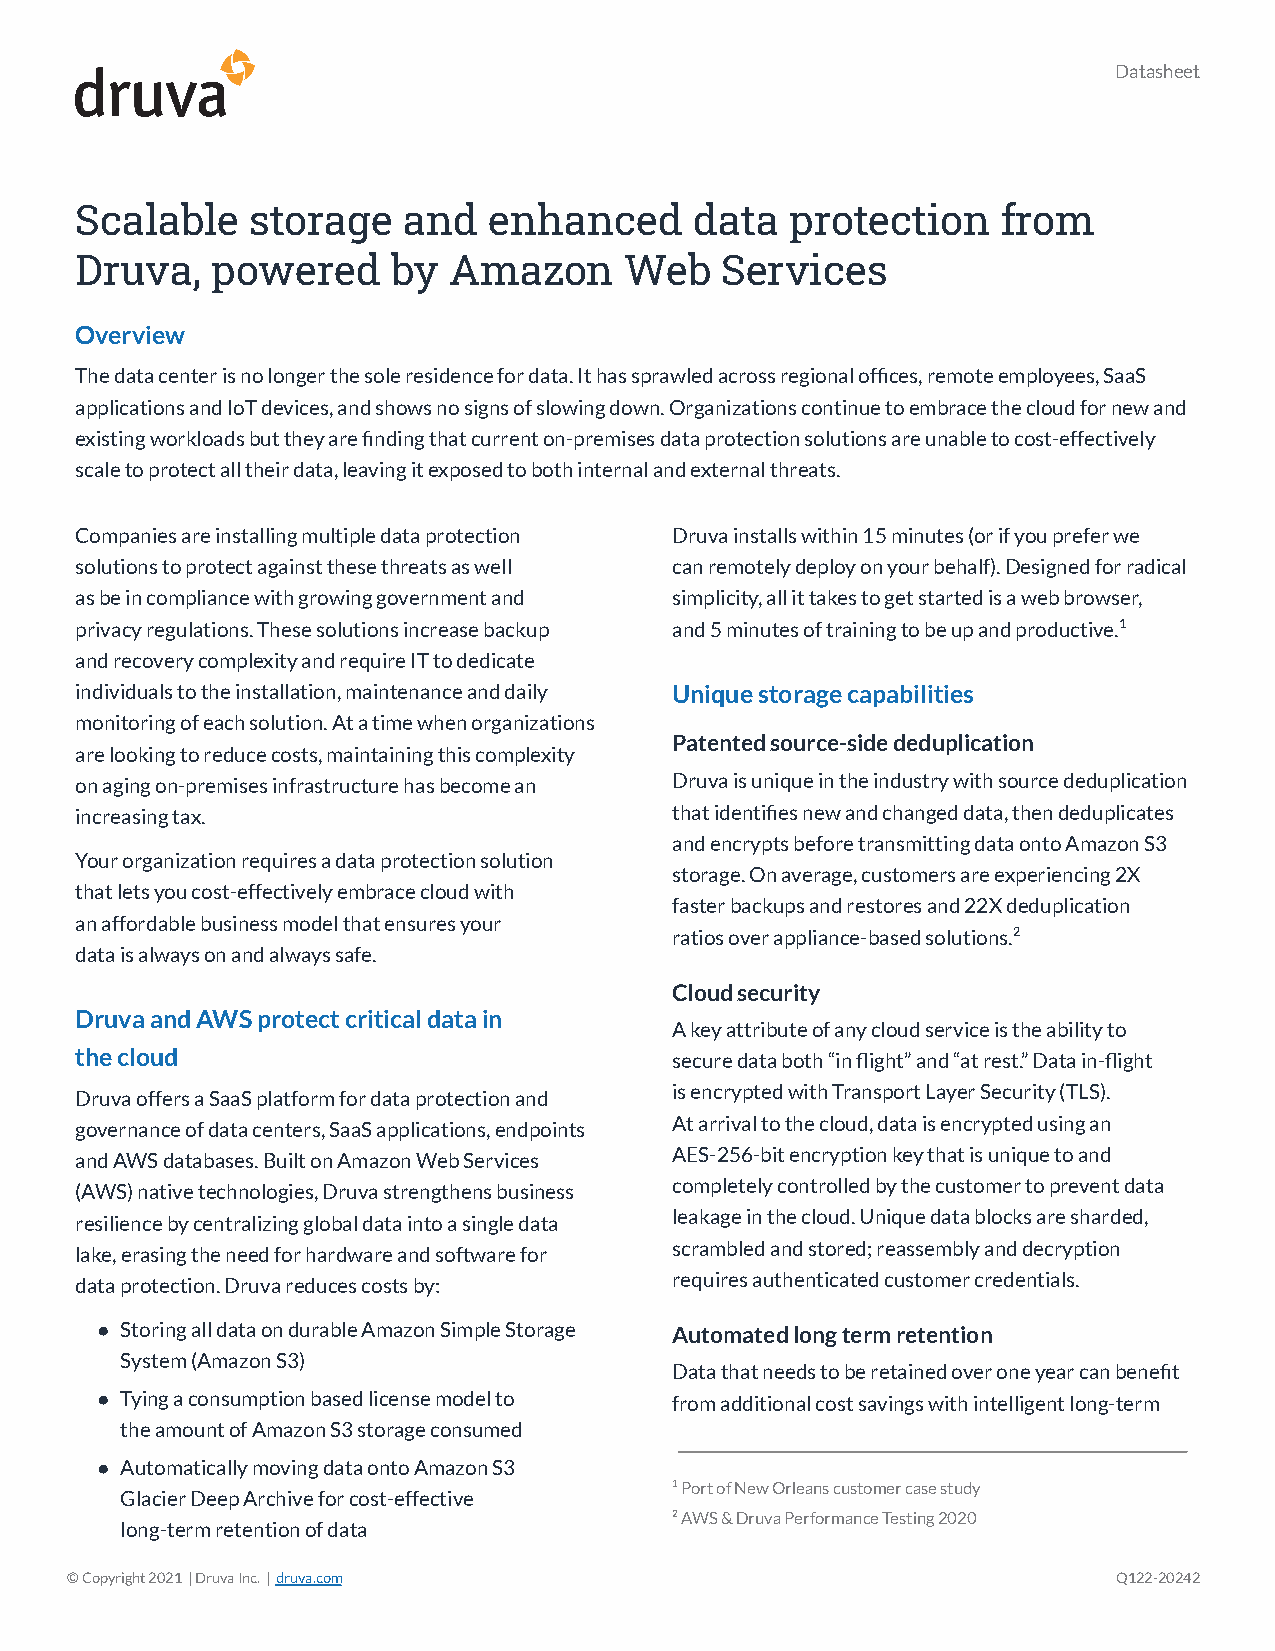
Datasheet
 Scalable   storage    and  enhanced      data  protection    from
 Druva,   powered     by  Amazon     Web    Services
 Overview
 The data center is no longer the sole residence fordata. It has sprawled across regional offices, remoteemployees, SaaS
 applications and IoT devices, and shows no signs ofslowing down. Organizations continue to embrace thecloud for new and
 existing workloads but they are finding that currenton-premises data protection solutions are unableto cost-effectively
 scale to protect all their data, leaving it exposedto both internal and external threats.
 Companies are installing multiple data protection Druva installs within 15 minutes (or if you prefer we
 solutions to protect against these threats as well can remotely deploy on your behalf). Designed forradical
 as be in compliance with growing government and simplicity, all it takes to get started is a web browser,
 privacy regulations. These solutions increase backup and 5 minutes of training to be up and productive.1
 and recovery complexity and require IT to dedicate
 individuals to the installation, maintenance and daily Unique storage capabilities
 monitoring of each solution. At a time when organizations
 Patented source-side deduplication
 are looking to reduce costs, maintaining this complexity
 on aging on-premises infrastructure has become an Druva is unique in the industry with source deduplication
 increasing tax.                        that identifies new and changed data, then deduplicates
 and encrypts before transmitting data onto AmazonS3
 Your organization requires a data protection solution
 storage. On average, customers are experiencing 2X
 that lets you cost-effectively embrace cloud with
 faster backups and restores and 22X deduplication
 an affordable business model that ensures your
 ratios over appliance-based solutions.2
 data is always on and always safe.
 Cloud security
 Druva and AWS protect critical data in
 A key attribute of any cloud service is the abilityto
 the cloud                              secure data both “in flight” and “at rest.” Data in-flight
 Druva offers a SaaS platform for data protection and is encrypted with Transport Layer Security (TLS).
 governance of data centers, SaaS applications, endpoints At arrival to the cloud, data is encrypted using an
 and AWS databases. Built on Amazon Web Services AES-256-bit encryption key that is unique to and
 (AWS) native technologies, Druva strengthens business completely controlled by the customer to prevent data
 resilience by centralizing global data into a singledata leakage in the cloud. Unique data blocks are sharded,
 lake, erasing the need for hardware and software for scrambled and stored; reassembly and decryption
 data protection. Druva reduces costs by: requires authenticated customer credentials.
 ● Storing all data on durable Amazon Simple Storage Automated long term retention
 System (Amazon S3)
 Data that needs to be retained over one year can benefit
 ● Tying a consumption based license model to from additional cost savings with intelligent long-term
 the amount of Amazon S3 storage consumed
 ● Automatically moving data onto Amazon S3
 1Port of New Orleans customer case study
 Glacier Deep Archive for cost-effective
 2AWS & Druva Performance Testing 2020
 long-term retention of data
 © Copyright 2021 | Druva Inc. |druva.com                              Q122-20242